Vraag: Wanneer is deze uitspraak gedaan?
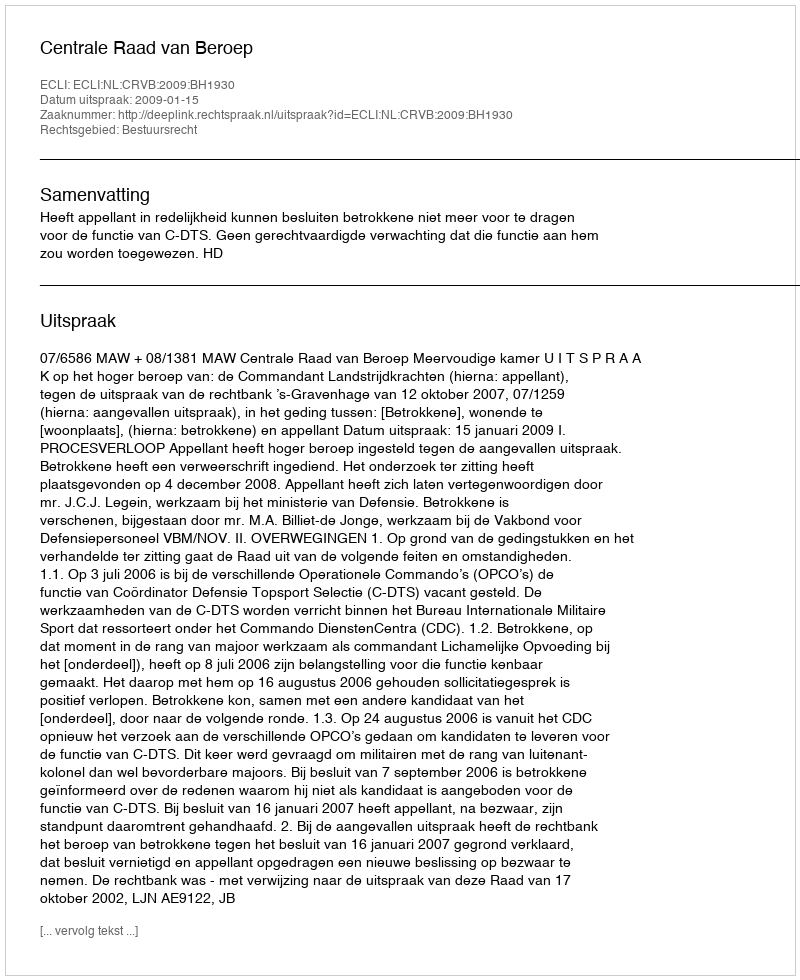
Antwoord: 2009-01-15